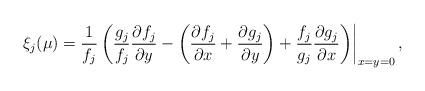
LaTeX: \begin{align*}\xi_j(\mu) = \frac{1}{f_j} \left( \frac{g_j}{f_j} \frac{\partial f_j}{\partial y}- \left( \frac{\partial f_j}{\partial x} + \frac{\partial g_j}{\partial y} \right)+ \frac{f_j}{g_j} \frac{\partial g_j}{\partial x} \middle) \right|_{x = y = 0}, \\\end{align*}